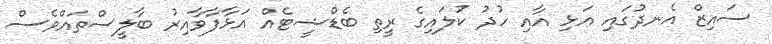
ސައިޒް އެނދުގައި އަޅި އާއި ހުދު ކުލައިގެ ރީތި ބެޑްޝީޓެއް އަޅާފާވާއިރު ބާލީސްތައްވެސް